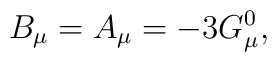
B_{\mu}=A_{\mu}=-3G_{\mu}^{0},